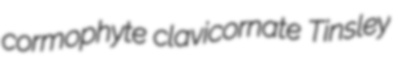
cormophyte clavicornate Tinsley